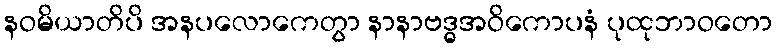
နဝမိယာတိပိ အနပလောကေတွာ နာနာဗဒ္ဓအဝိကောပနံ ပုထုဘာဝတော